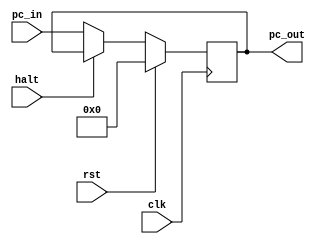
module pc(clk,halt,rst,pc_in,pc_out);
    input [31:0]pc_in;
    input halt;
    input rst;
    input clk;
    output reg [31:0] pc_out;
    initial begin
        pc_out=0;
    end
    always @(posedge clk) begin
        if(rst)pc_out=0;
        else if(halt)pc_out=pc_out;
        else begin 
            pc_out<=pc_in;
        end
    end
endmodule